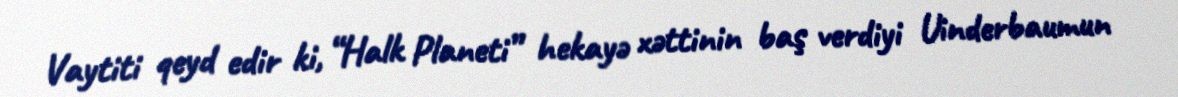
Vaytiti qeyd edir ki, “Halk Planeti” hekayə xəttinin baş verdiyi Uinderbaumun